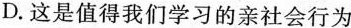
D.这是值得我们学习的亲社会行为